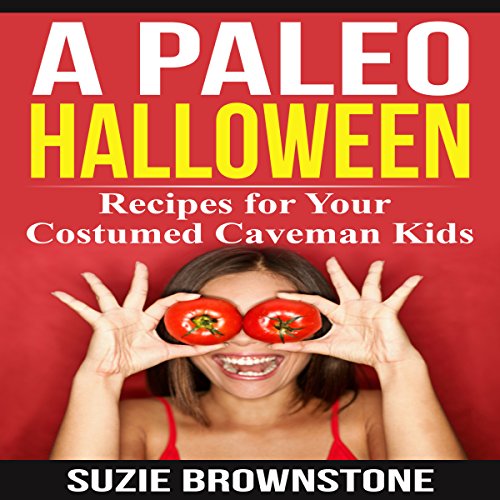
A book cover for A Paleo Halloween: Recipes for Your Costumed Caveman Kids; Suzie Brownstone; Cookbooks, Food & Wine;